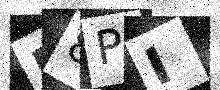
Text: F8PI